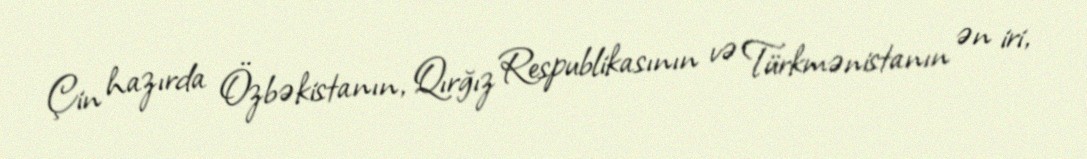
Çin hazırda Özbəkistanın, Qırğız Respublikasının və Türkmənistanın ən iri,